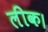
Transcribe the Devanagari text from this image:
लीक।